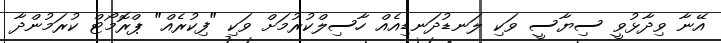
އޭނާ ވިދާޅުވީ ސިޔާސީ ވަކި ލަނޑުދަނޑިއެއް ހާސިލްކުރުމަށް ވަކި "ފިކުރެއް" ޕްރޮމޯޓް ކުރަމުންދާ